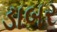
ડાબર